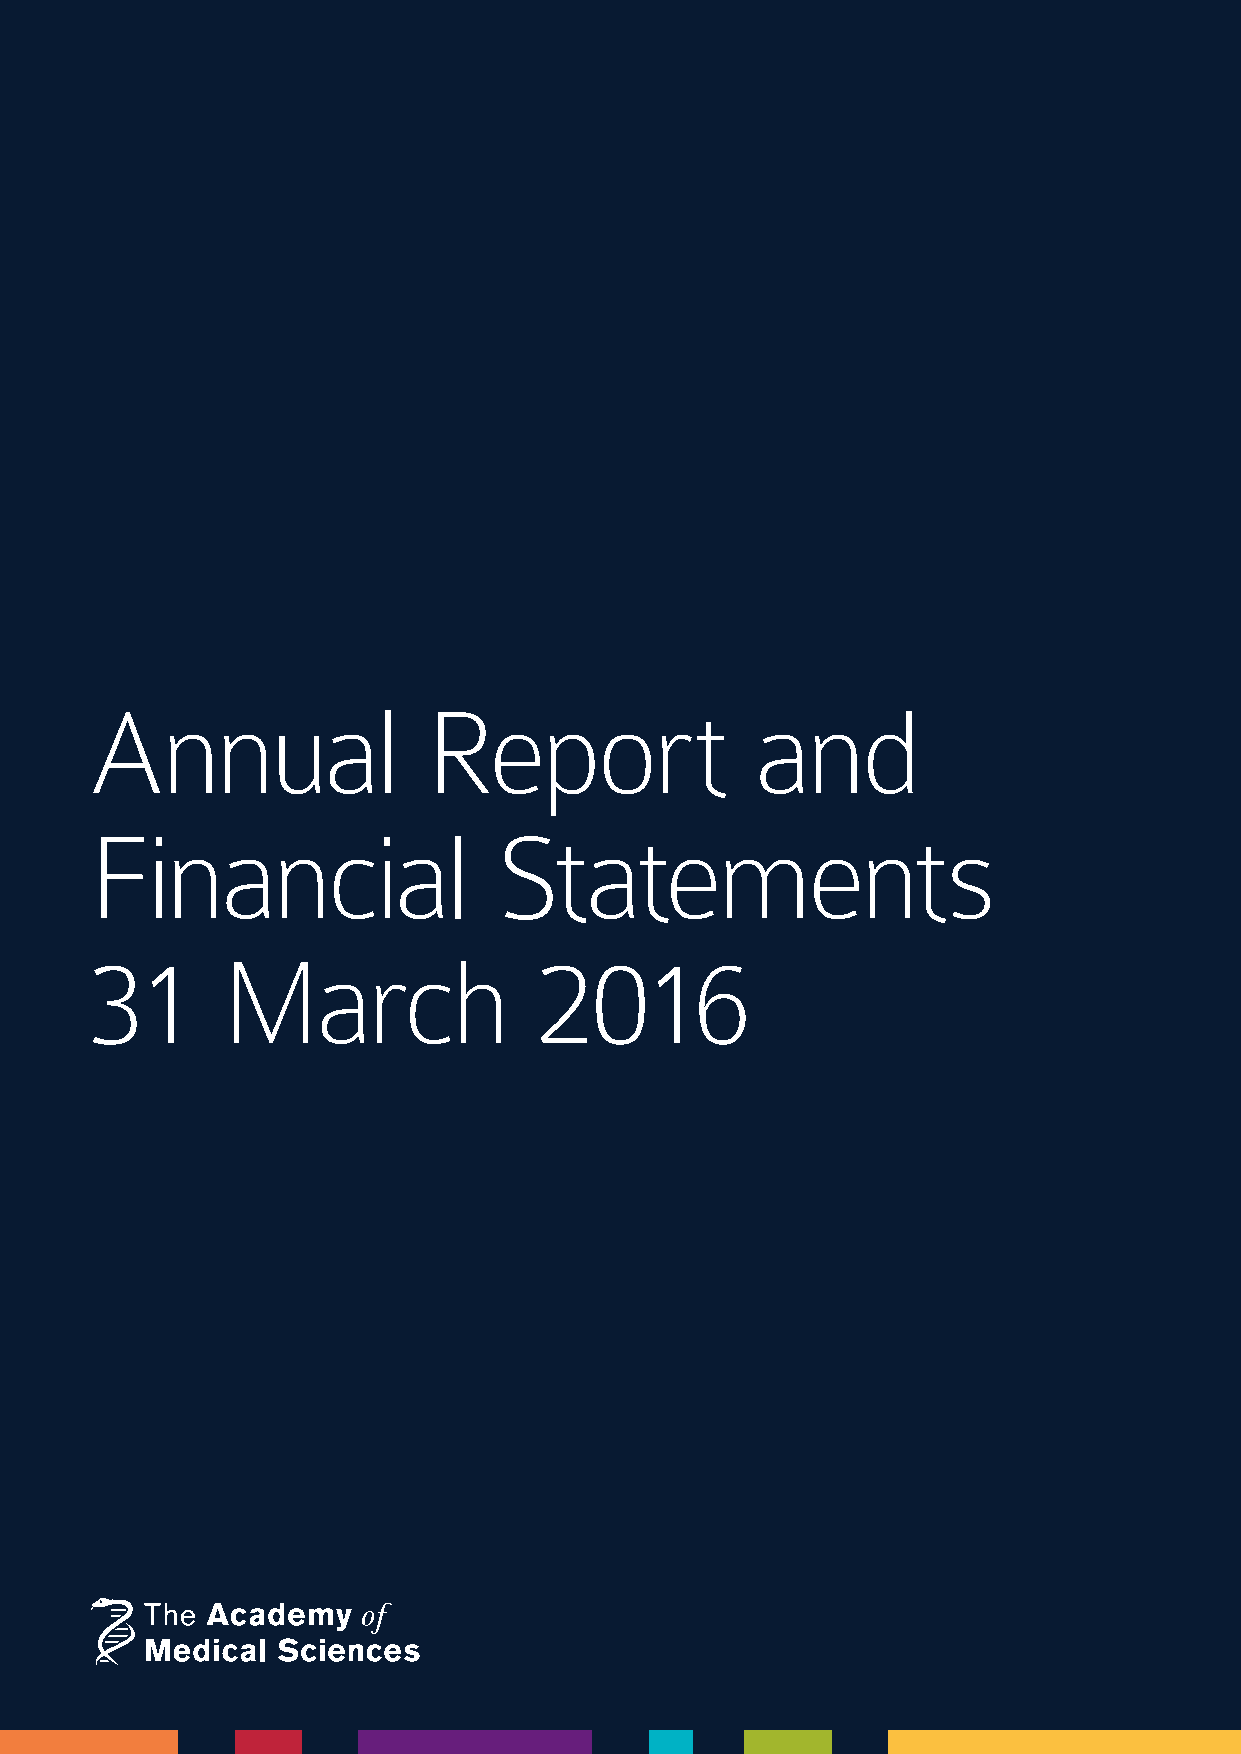
Annual                Report                and
 Financial                  Statements
 31       March               2016